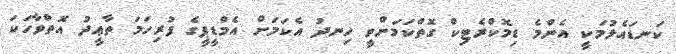
ކަނޑައެޅުމަކީ އެންމެ ޑިމޮކްރެޓިކް ގޮތްކަމަށްވީ ހިނދު އެކަމަށް އެމްޑީޕީގެ ފުރިހަމަ ތާޢީދު އޮތްވާހަކަ